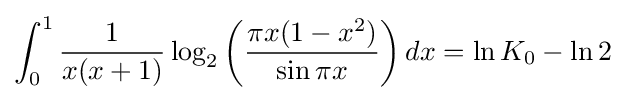
\int _{0}^{1}{\frac {1}{x(x+1)}}\log _{2}\left({\frac {\pi x(1-x^{2})}{\sin \pi x}}\right)dx=\ln K_{0}-\ln 2